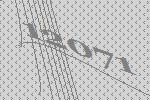
12071